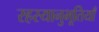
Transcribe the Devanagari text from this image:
रहस्यानुभूतियाँ